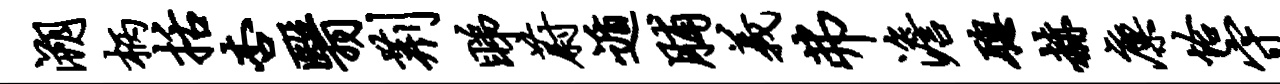
溯柄括杏翳荆睇蔚遁脯义弗澹聪赫廪恰守